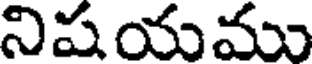
నిషయము